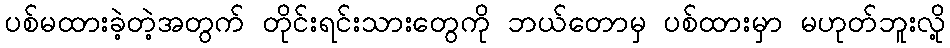
ပစ်မထားခဲ့တဲ့အတွက် တိုင်းရင်းသားတွေကို ဘယ်တောမှ ပစ်ထားမှာ မဟုတ်ဘူးလို့